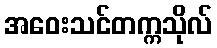
အဝေးသင်တက္ကသိုလ်